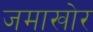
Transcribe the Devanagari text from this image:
जमाखोर